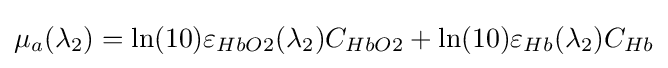
\mu _{a}(\lambda _{2})=\ln(10)\varepsilon _{HbO2}(\lambda _{2})C_{HbO2}+\ln(10)\varepsilon _{Hb}(\lambda _{2})C_{Hb}